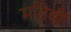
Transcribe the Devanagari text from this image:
महिषीं